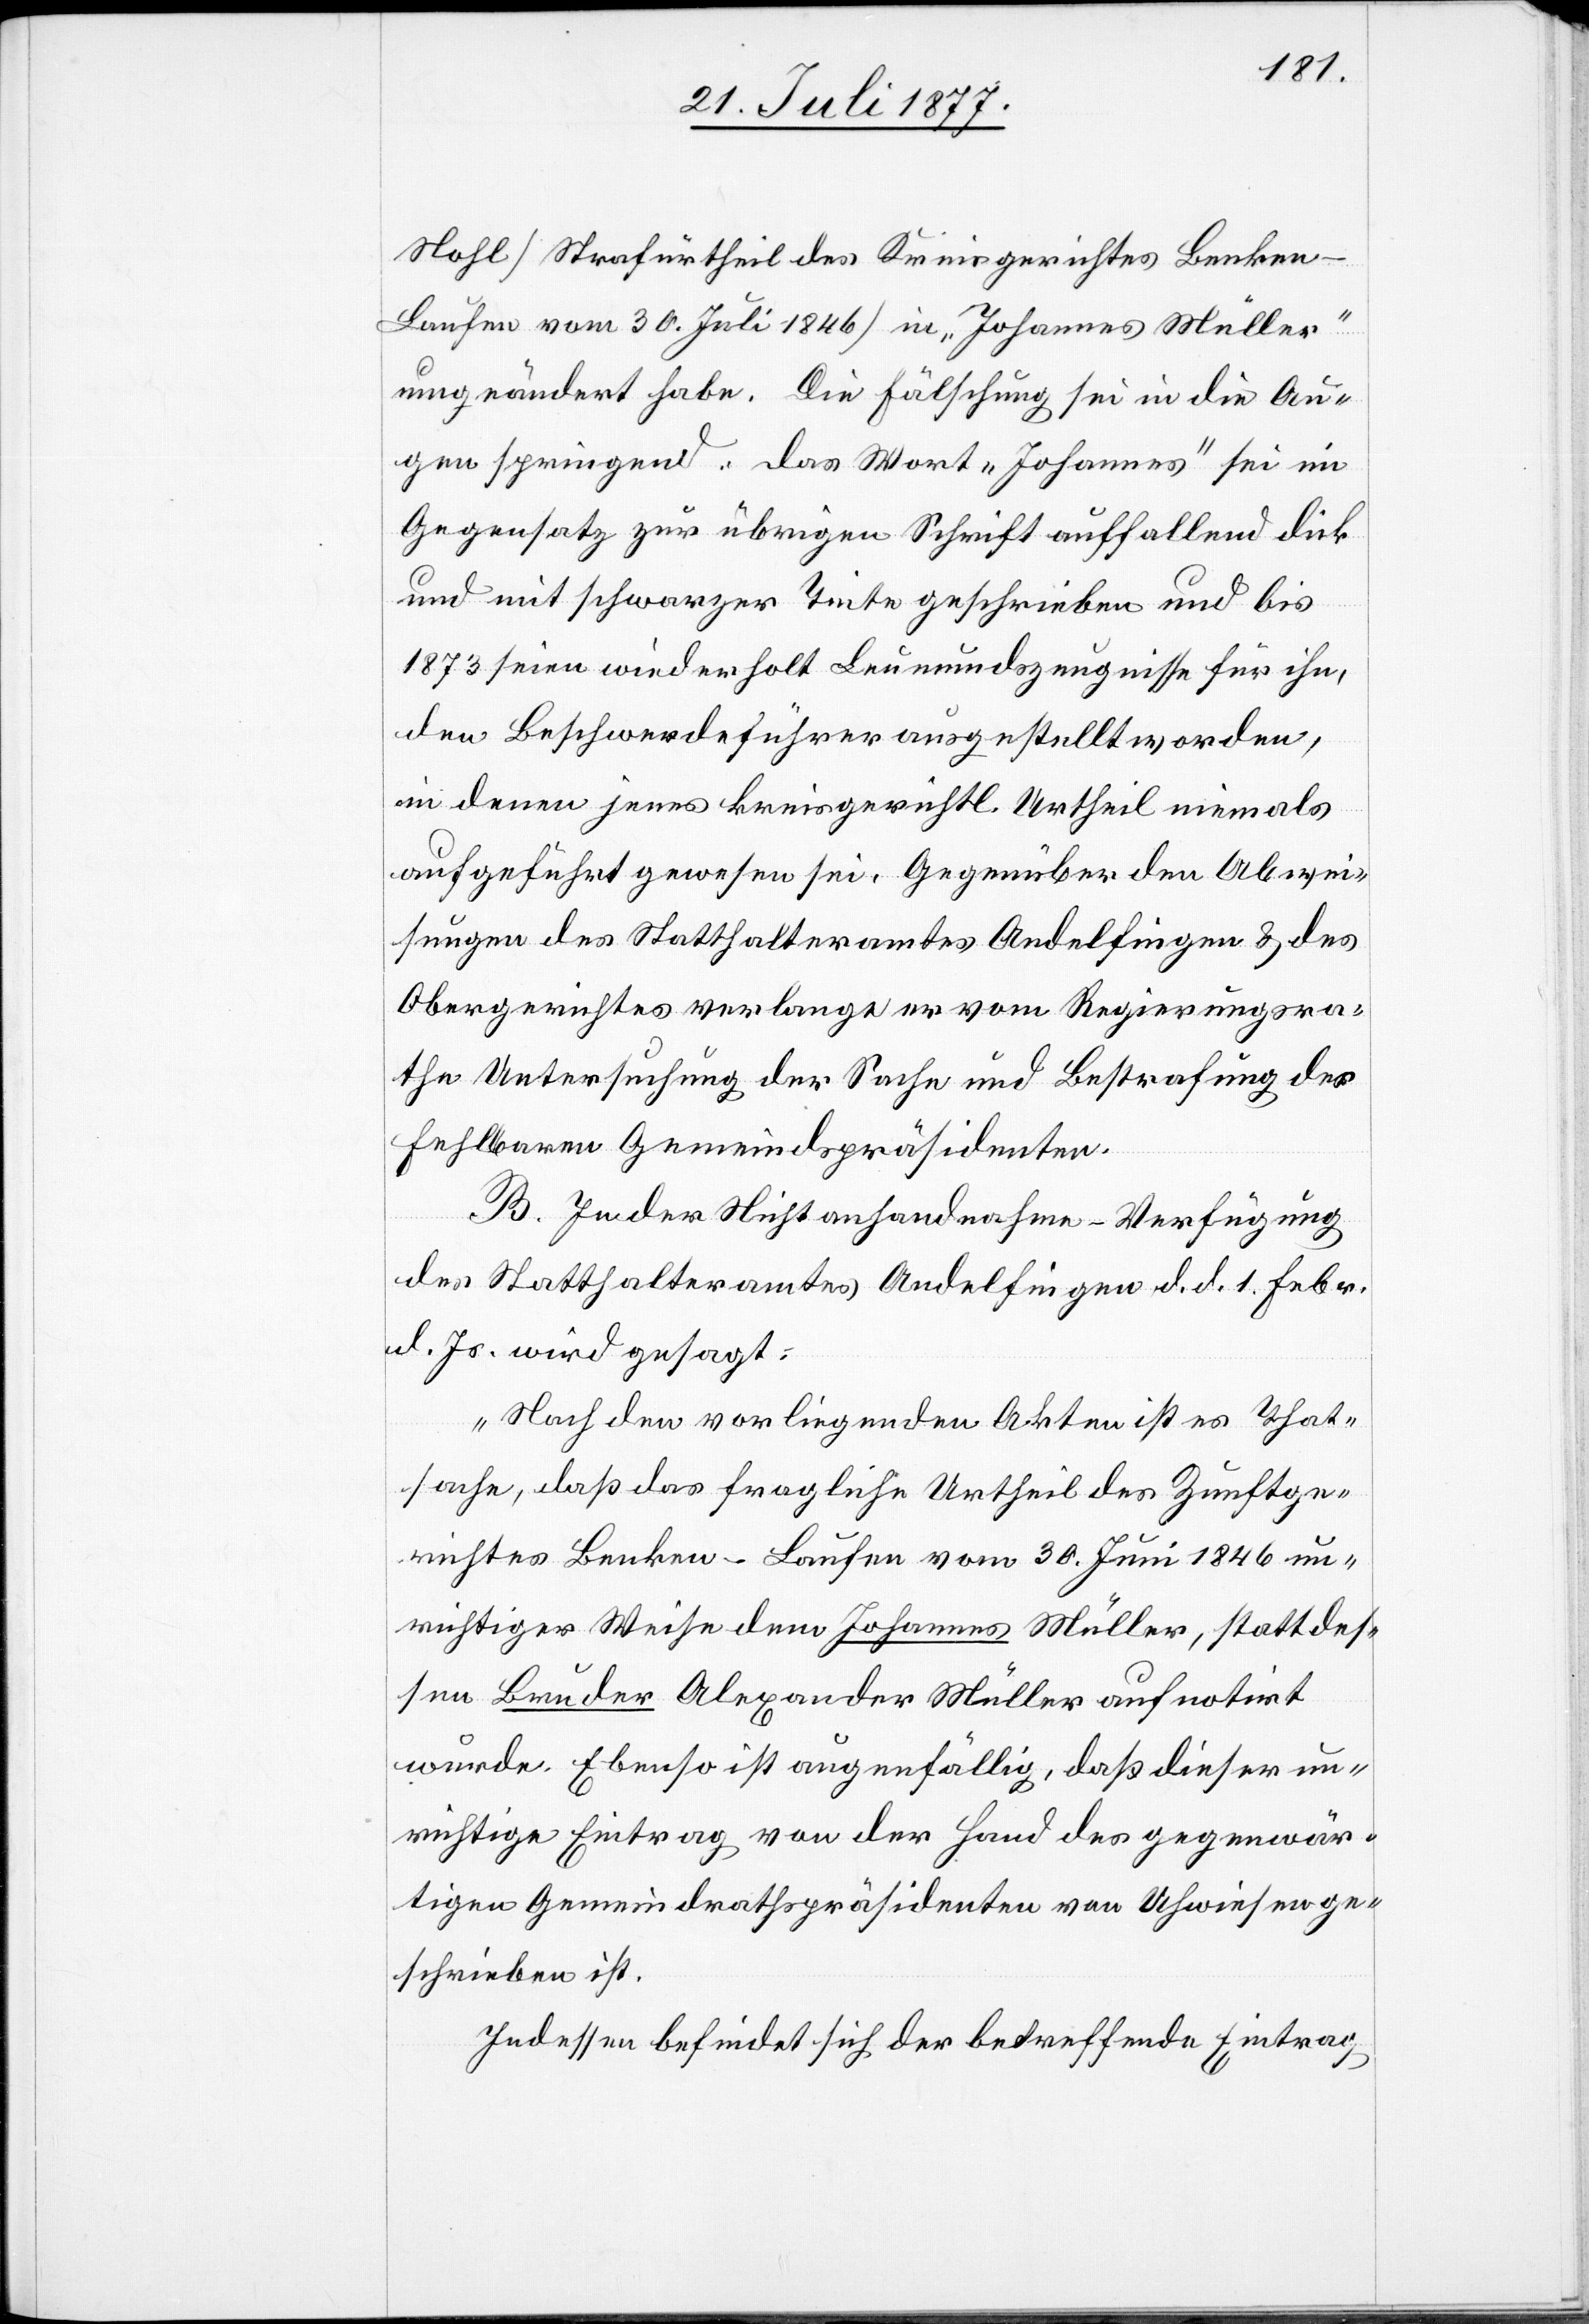
Nohl[“] [Strafurtheil des Kreisgerichtes Benken-L¬
aufen vom 30. Juli 1846] in „Johannes Müller“
umgeändert habe. Die Fälschung sei in die Au¬
gen springend: das Wort „Johannes“ sei im
Gegensatz zur übrigen Schrift auffallend dick
und mit schwarzer Tinte geschrieben und bis
1873 seien wiederholt Leumundszeugnisse für ihn,
den Beschwerdeführer ausgestellt worden,
in denen jenes kreisgerichtl. Urtheil niemals
aufgeführt gewesen sei. Gegenüber den Abwei¬
sungen des Statthalteramtes Andelfingen & des
Obergerichtes verlange er vom Regierungsra¬
the Untersuchung der Sache und Bestrafung des
fehlbaren Gemeindspräsidenten.
B. In der Nichtanhandnahme-Verfügung
des Statthalteramtes Andelfingen d. d. 1. Febr.
d. Js. wird gesagt:
„Nach den vorliegenden Akten ist es That¬
sache, daß das fragliche Urtheil des Zunftge¬
richtes Benken-Laufen vom 30. Juni 1846 un¬
richtiger Weise dem Johannes Müller, statt des¬
sen Bruder Alexander Müller aufnotirt
wurde. Ebenso ist augenfällig, daß dieser un¬
richtige Eintrag von der Hand des gegenwär¬
tigen Gemeindrathspräsidenten von Uhwiesen ge¬
schrieben ist.
Indessen befindet sich der betreffende Eintrag